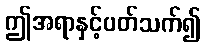
ဤအရာနှင့်ပတ်သက်၍